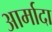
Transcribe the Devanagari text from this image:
आर्मादा